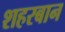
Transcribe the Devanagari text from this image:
शहरबान